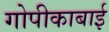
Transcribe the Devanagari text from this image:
गोपीकाबाई